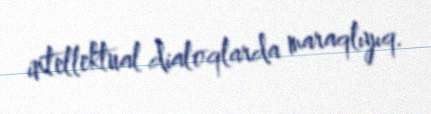
intellektual dialoqlarda maraqlıyıq.